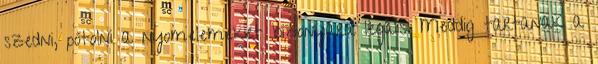
szedni, pótolni a nyomelemeket bizonyára legális. Meddig tartanak a